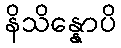
နိသိန္နောပိ